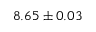
8 . 6 5 \pm 0 . 0 3